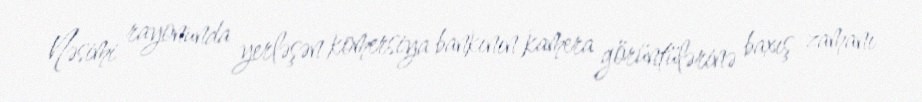
Nəsimi rayonunda yerləşən komersiya bankının kamera görüntülərinə baxış zamanı